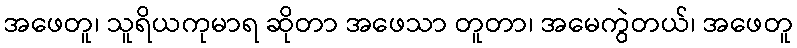
အဖေတူ၊ သူရိယကုမာရ ဆိုတာ အဖေသာ တူတာ၊ အမေကွဲတယ်၊ အဖေတူ